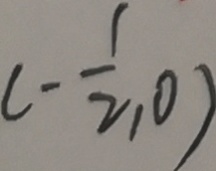
( - \frac { 1 } { 2 } , 0 )